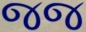
જજ